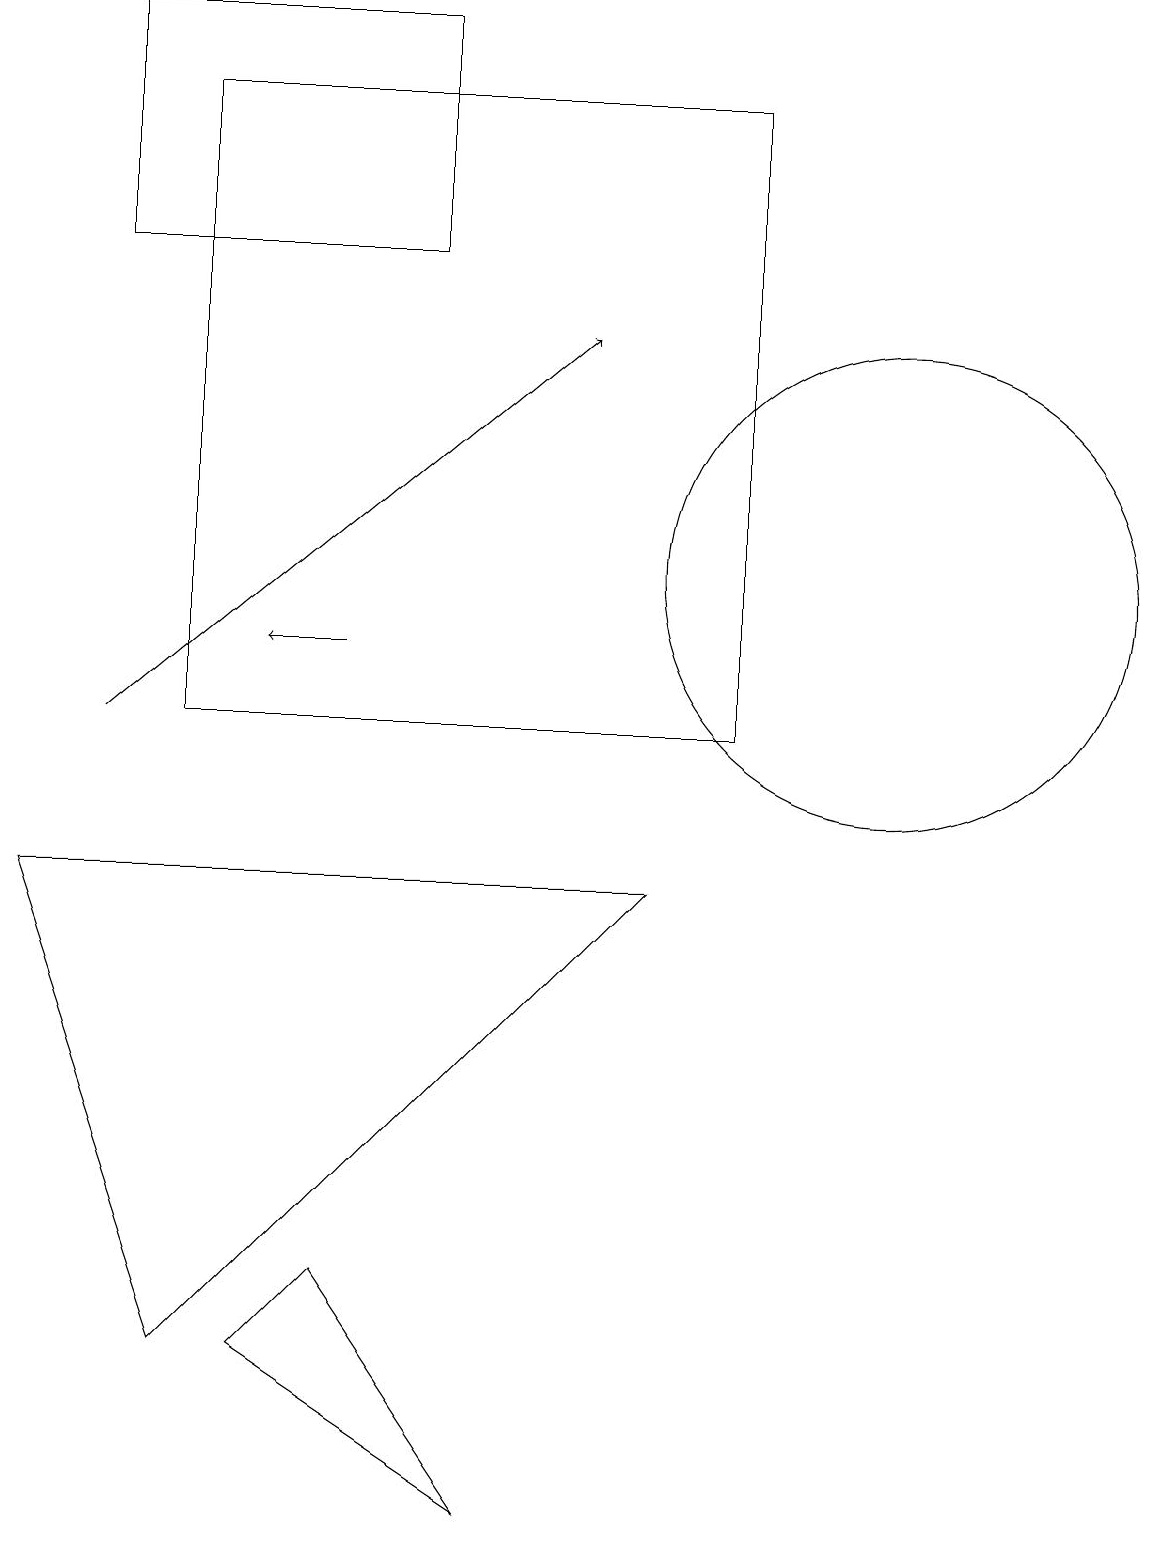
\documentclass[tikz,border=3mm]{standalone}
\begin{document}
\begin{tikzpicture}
\draw (11,12) circle (3);
\draw[->] (4,11) -- (3,11);
\draw (5,19) rectangle (1,16);
\draw (6,0) -- (3,2) -- (4,3) -- cycle;
\draw[->] (1,10) -- (7,15);
\draw (10,10) circle (0);
\draw (2,10) rectangle (9,18);
\draw (8,8) -- (0,8) -- (2,2) -- cycle;
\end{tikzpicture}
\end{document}